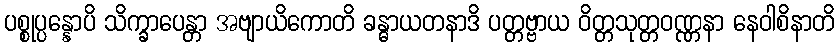
ပစ္စုပ္ပန္နောပိ သိက္ခာပေန္တာ အဗျာယိကောတိ ခန္ဓာယတနာဒိ ပတ္တဗ္ဗာယ ဝိတ္တသုတ္တဝဏ္ဏနာ နေဝါစိနာတိ